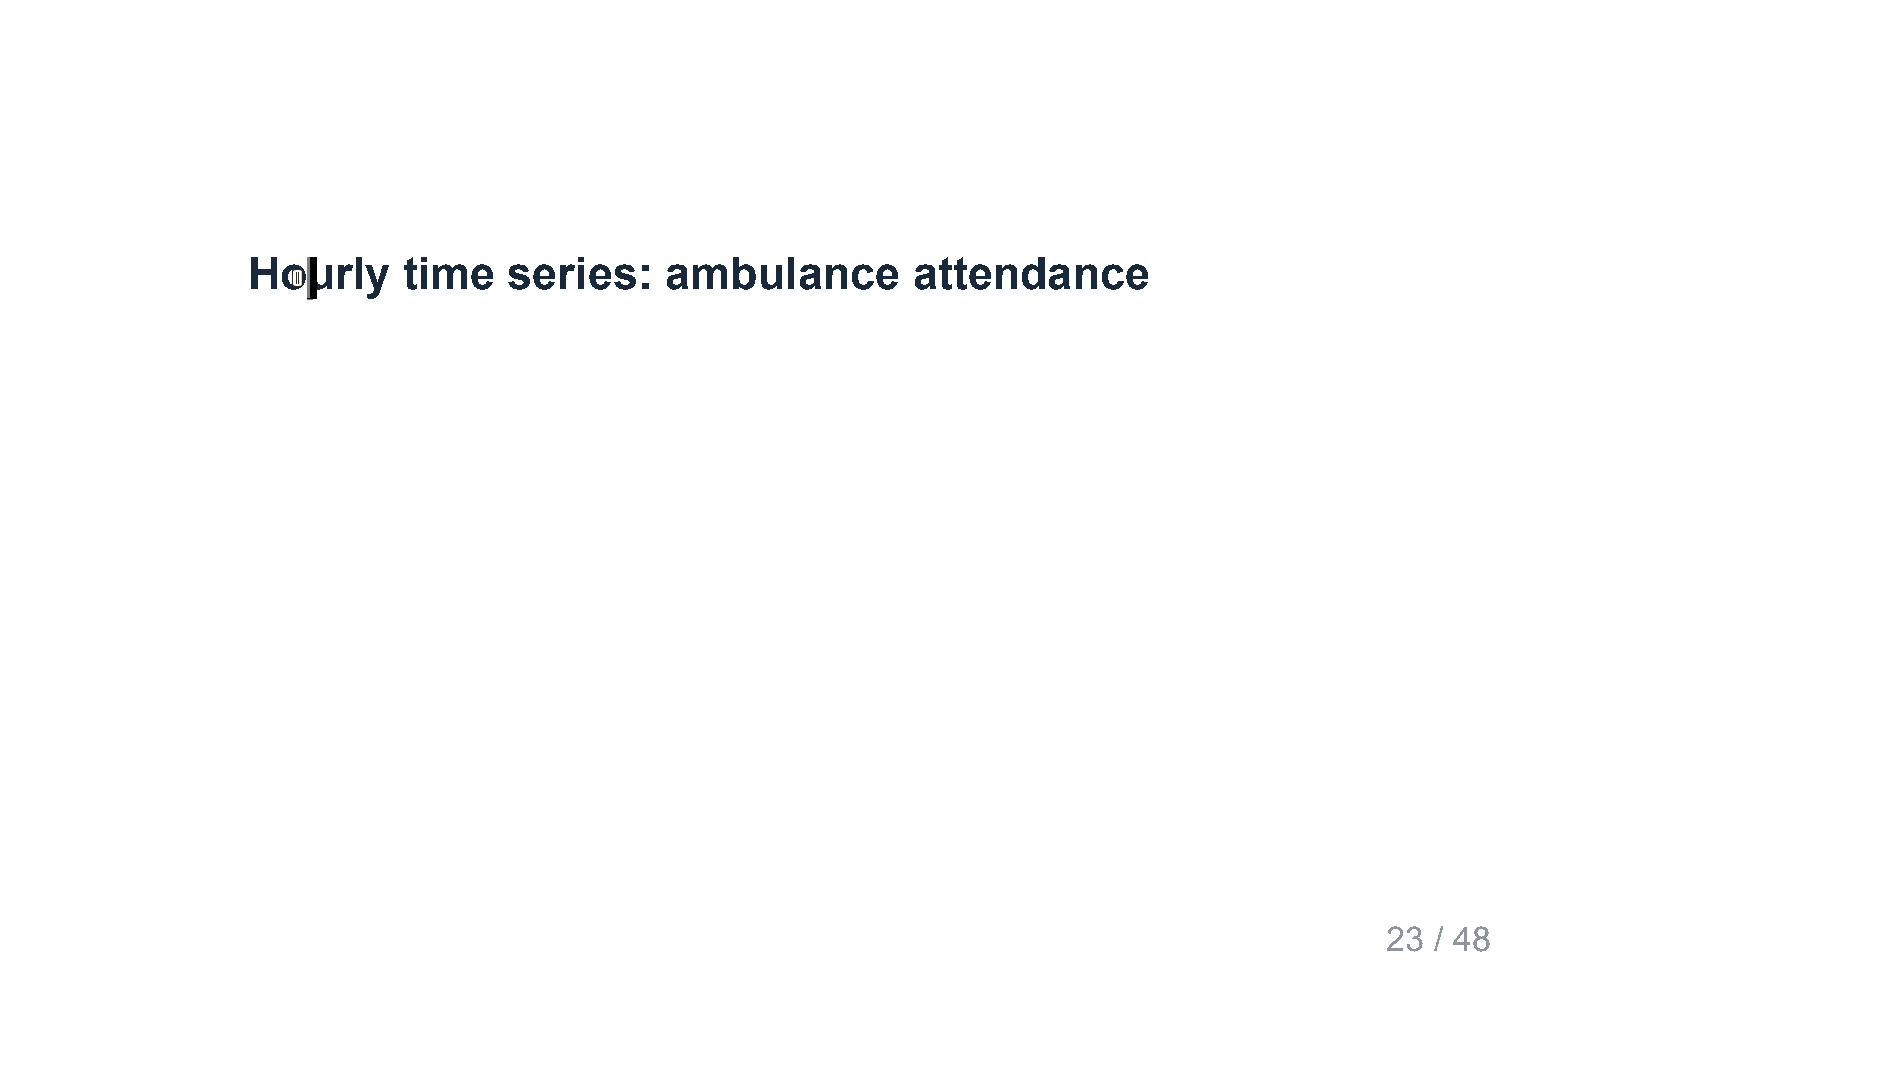
Hourly     time   series:   ambulance       attendance
 23 / 48